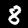
Label: 8